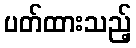
ပတ်ထားသည့်